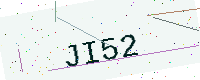
Text: JI52